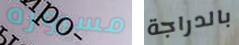
مسروره بالدراجة